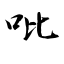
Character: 吡